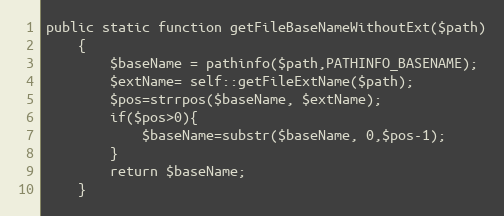
Language: PHP
public static function getFileBaseNameWithoutExt($path)
    {
        $baseName = pathinfo($path,PATHINFO_BASENAME);
        $extName= self::getFileExtName($path);
        $pos=strrpos($baseName, $extName);
        if($pos>0){
            $baseName=substr($baseName, 0,$pos-1);
        }
        return $baseName;
    }